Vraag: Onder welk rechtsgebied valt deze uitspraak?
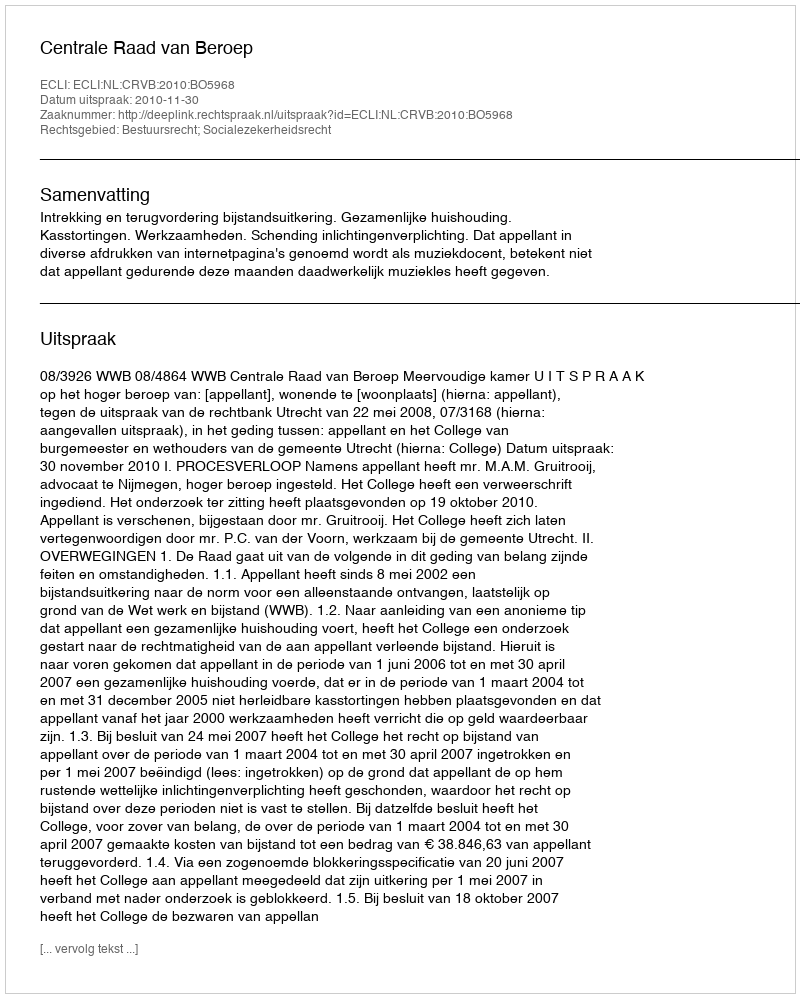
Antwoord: Bestuursrecht; Socialezekerheidsrecht